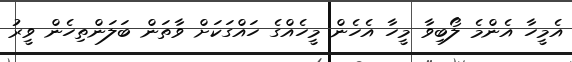
އެމީހާ އެންމެ ލޯބިވާ މީހާ އެހެން މީހެއްގެ ހައްގަކަށް ވާތަން ބަލަންތިހެން ވީރު